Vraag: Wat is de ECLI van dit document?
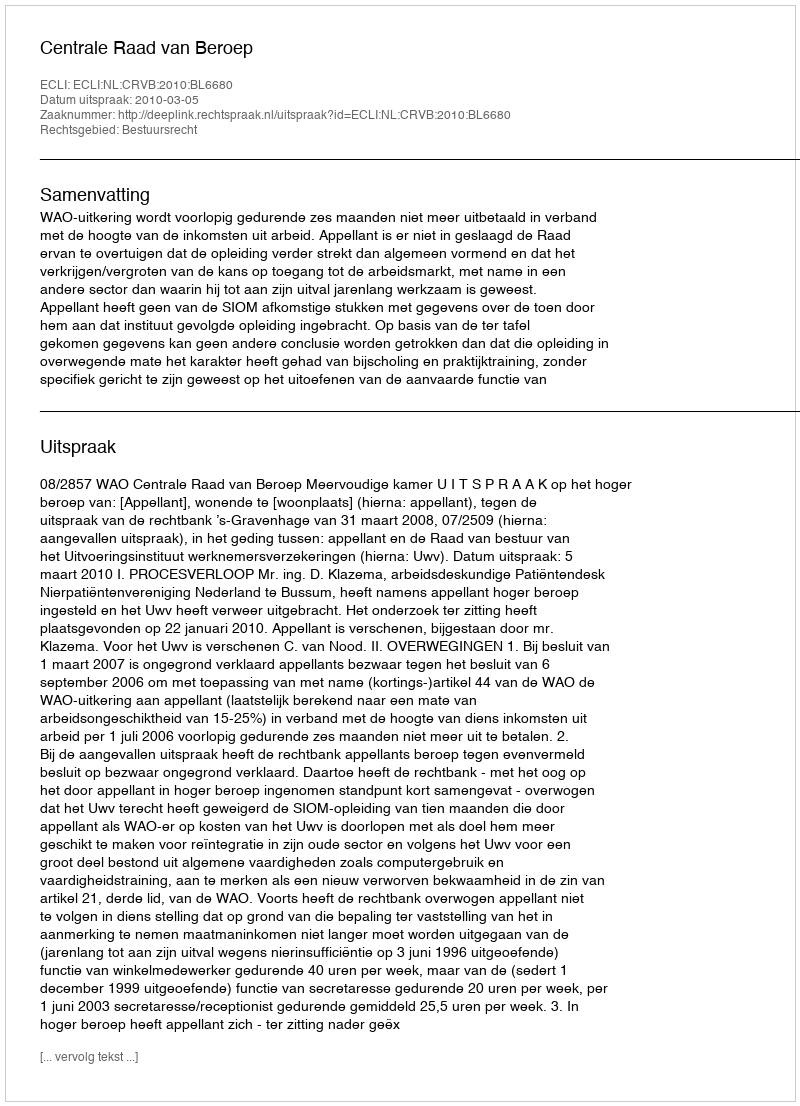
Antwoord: ECLI:NL:CRVB:2010:BL6680